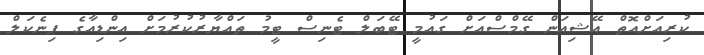
ކުރިއަށްއޮތް އޭޝިއަން ގޭމްސްއަށް ގައުމީ ޓޭބަލް ޓެނިސް ޓީމު ތައްޔާރުކުރުމަށް އިންޑިއާގެ ޕިނެކަލް